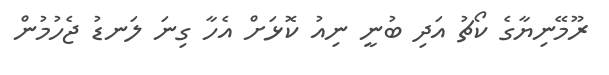
ރޫމޭނިޔާގެ ކޯޗު އަދި ބުނީ ނިއު ކޮޅަށް އެހާ ގިނަ ލަނޑު ޖެހުމުން